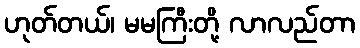
ဟုတ်တယ်၊ မမကြီးတို့ လာလည်တာ